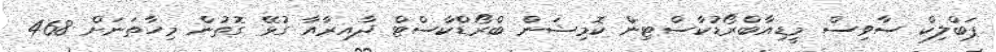
ޕަބްލިކް ސާވިސް މީޑިއާބްރޯޑުކާސްޓިން ކޮމިޝަން ބްރޯޑްކާސްޓް ދާއިރާއާ ގުޅޭ ގޮތުން މިހާތަނަށް 468